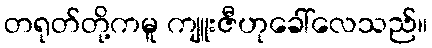
တရုတ်တို့ကမူ ကျူးဇီဟုခေါ်လေသည်။